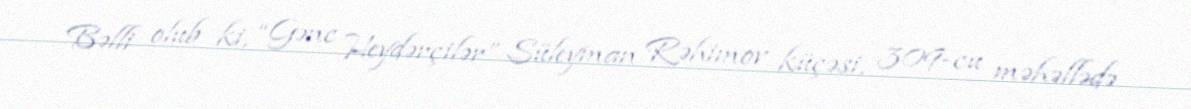
Bəlli olub ki, “Gənc Heydərçilər” Süleyman Rəhimov küçəsi, 309-cu məhəllədə